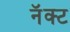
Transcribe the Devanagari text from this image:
नॅक्ट